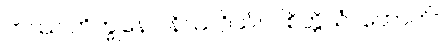
တဿ ဘိက္ခုနော၊ နိဿဂ္ဂိယံ။ ပါစိတ္တိယံ။ ဟောတိ။